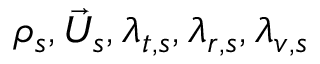
\rho _ { s } , { \vec { U } } _ { s } , \lambda _ { t , s } , \lambda _ { r , s } , \lambda _ { v , s }